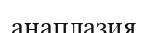
анаплазия